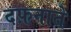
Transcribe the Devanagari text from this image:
दफ़नाते